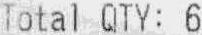
TOTAL QTY: 6